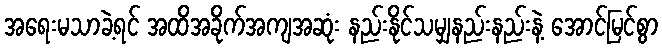
အရေးမသာခဲ့ရင် အထိအခိုက်အကျအဆုံး နည်းနိုင်သမျှနည်းနည်းနဲ့ အောင်မြင်စွာ